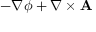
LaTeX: - \nabla \phi + \nabla \times \mathbf { A }